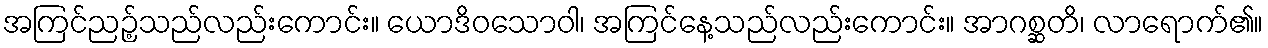
အကြင်ညဉ့်သည်လည်းကောင်း။ ယောဒိဝသောဝါ၊ အကြင်နေ့သည်လည်းကောင်း။ အာဂစ္ဆတိ၊ လာရောက်၏။